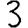
Digit: 3